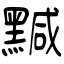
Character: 黬